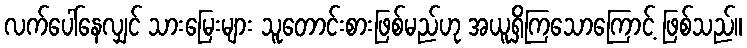
လက်ပေါ်နေလျှင် သားမြေးများ သူတောင်းစားဖြစ်မည်ဟု အယူရှိကြသောကြောင့် ဖြစ်သည်။